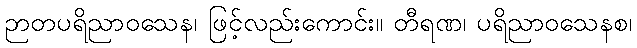
ဉာတပရိညာဝသေန၊ ဖြင့်လည်းကောင်း။ တီရဏ၊ ပရိညာဝသေနစ၊